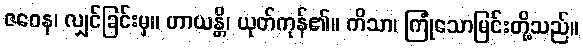
ဇဝေန၊ လျှင်ခြင်းမှ။ ဟာယန္တိ၊ ယုတ်ကုန်၏။ ကိသာ၊ ကြုံသောမြင်းတို့သည်။